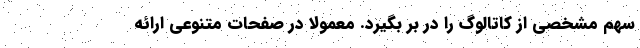
سهم مشخصی از کاتالوگ را در بر بگیرد. معمولاً در صفحات متنوعی ارائه